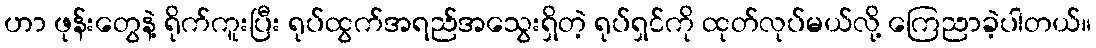
ဟာ ဖုန်းတွေနဲ့ ရိုက်ကူးပြီး ရုပ်ထွက်အရည်အသွေးရှိတဲ့ ရုပ်ရှင်ကို ထုတ်လုပ်မယ်လို့ ကြေညာခဲ့ပါတယ်။